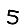
Digit: 5